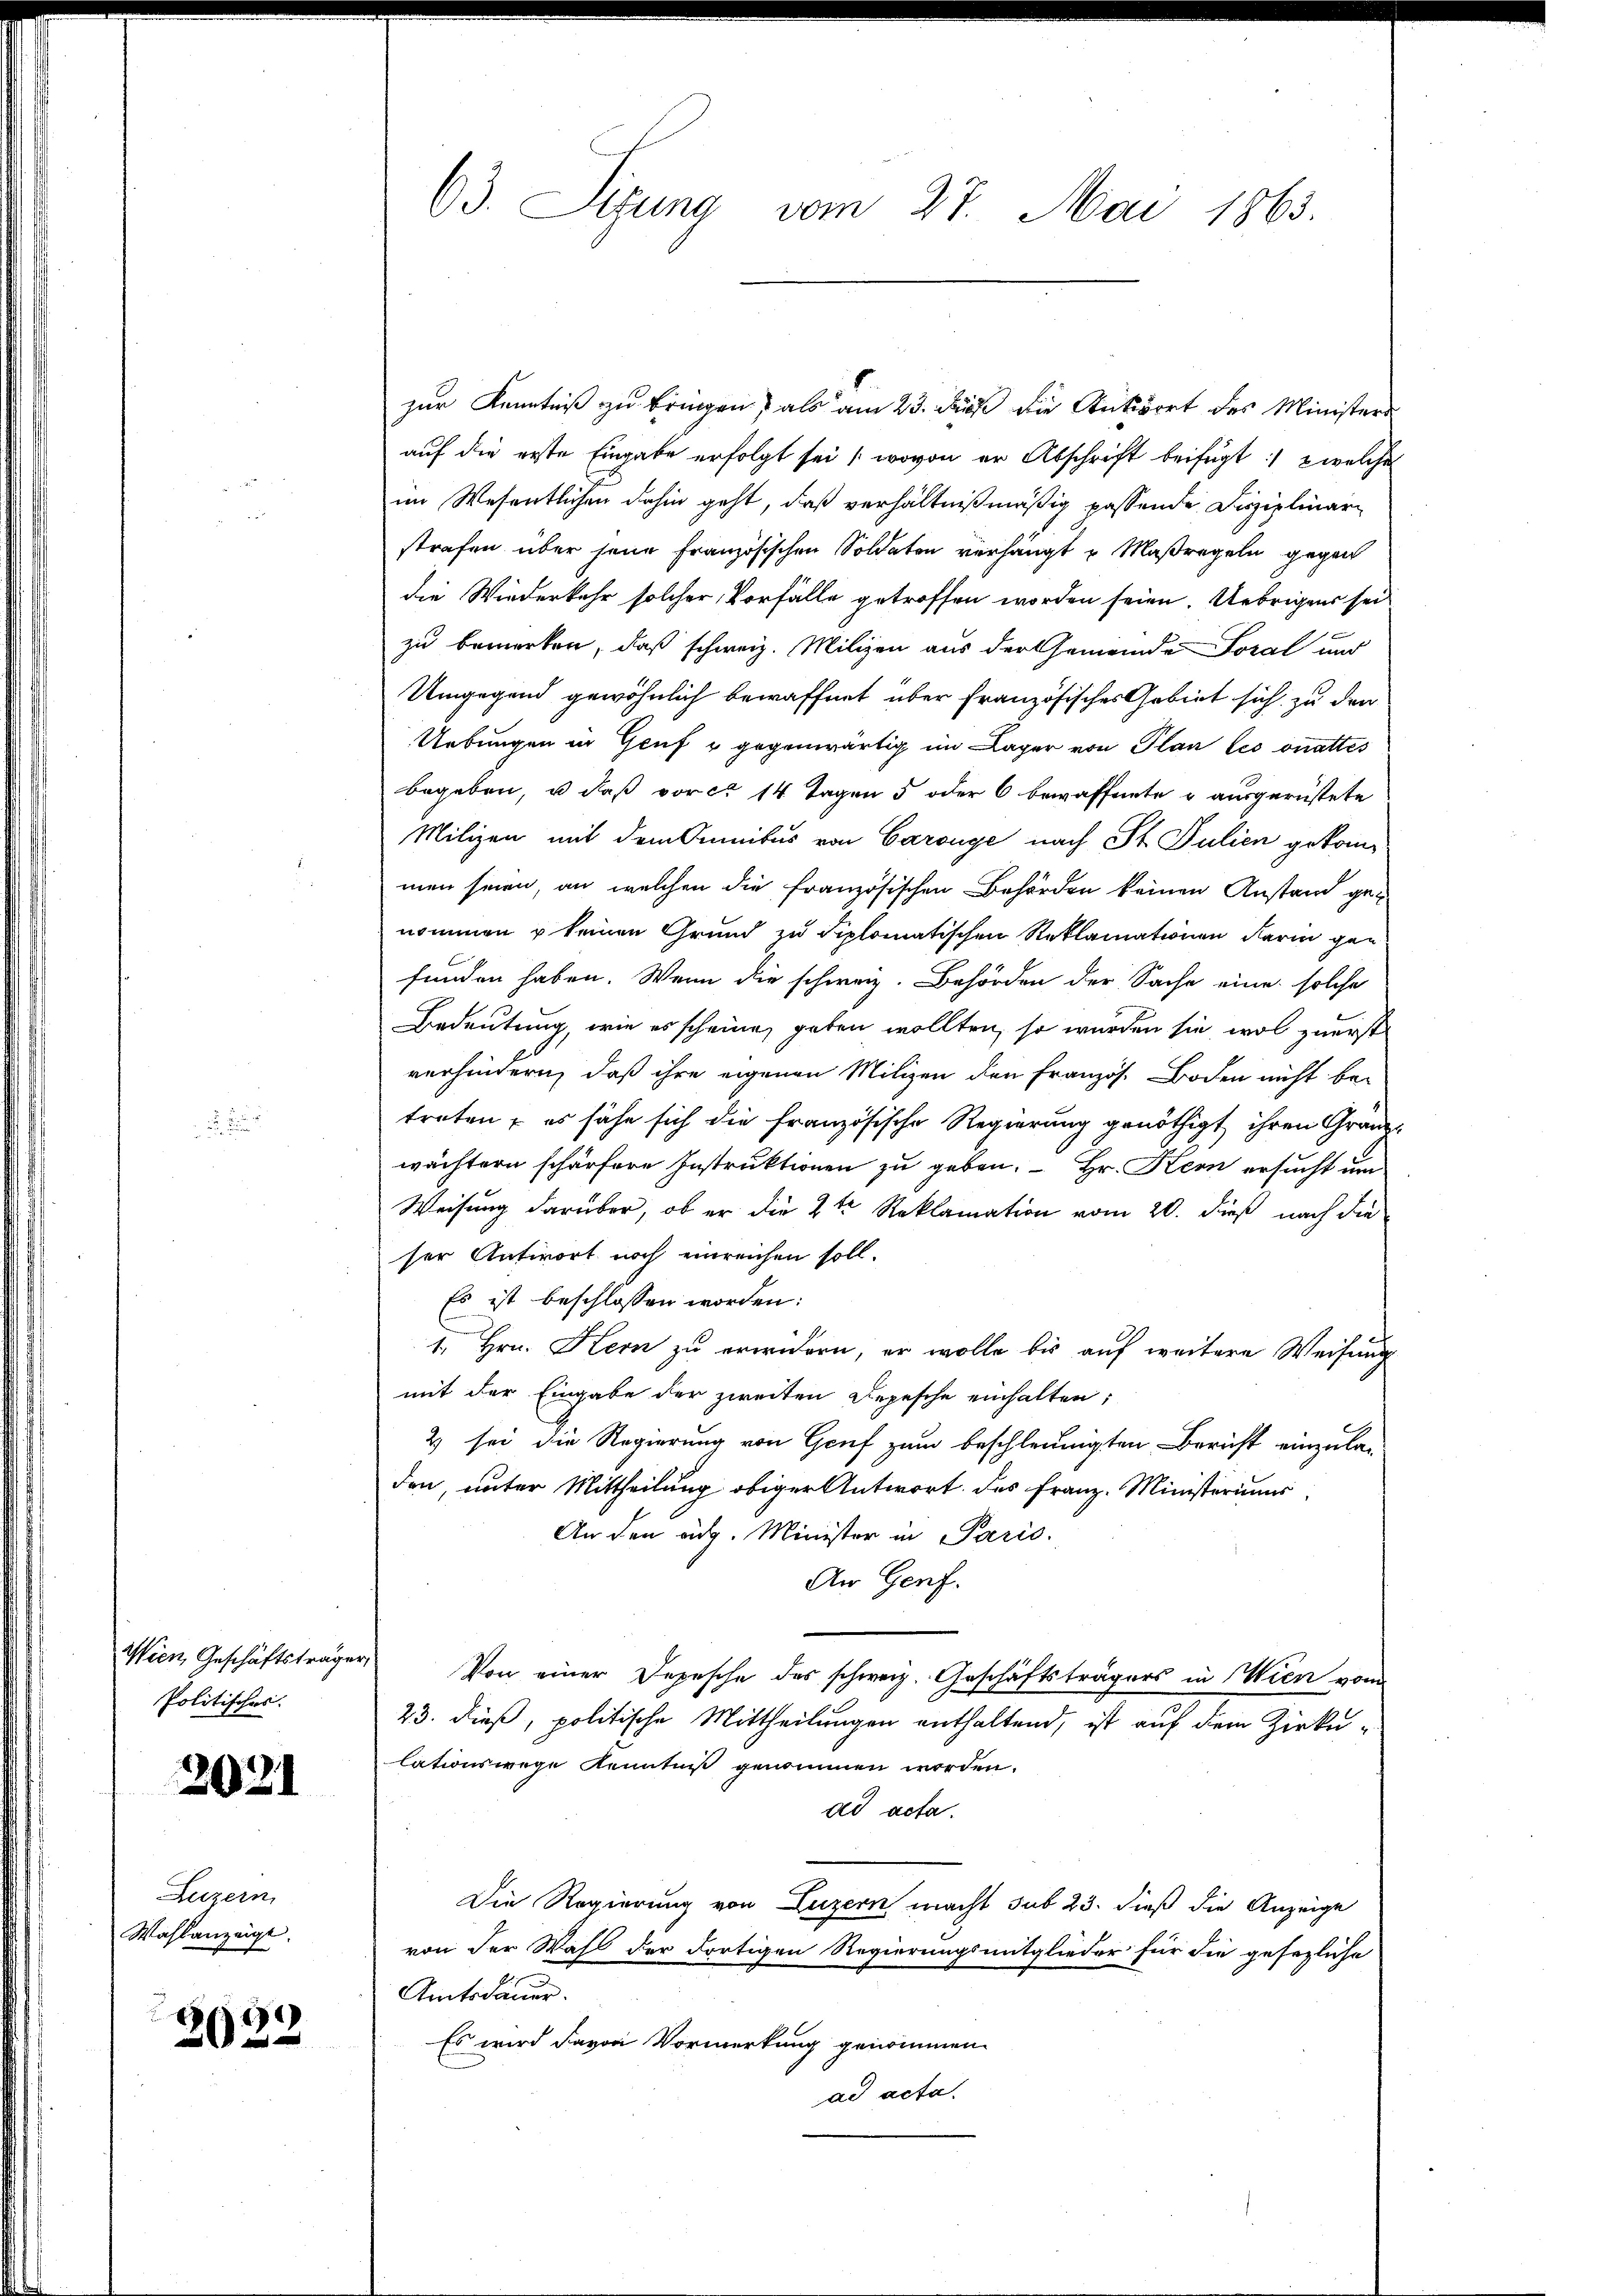
Politischer.

2021

Luzern,
Wahlanzeigt.

2022

zur Kenntniß zu bringen, als am 23. daß die Antwort des Ministers
auf die erste Eingabe erfolgt sei (wovon er Abschrift beifügt :/  welche
im Wesentlichen dahin geht, daß verhältnißmäßig passende Disziplinar
strafen über jene Französischen Soldaten verhängt u Maßregeln gegen
die Wiederkehr solcher, Vorfälle getroffen worden seien. Uebrigens sei
zu bemerken, daß schweiz. Milizen aus der Gemeinde Poral und
Umgegend gewöhnlich bewaffnet über französisches Gebiet sich zu den
Uebungen in Genf u gegenwärtig im Lager von Plan les vnattes
begeben, u. daß vor ca 14 Tagen 5 oder 6 bewaffnete u ausgerüstete
Milizei mit dem Cunibus von Caronge nach St. Julien gekom-
men seien, an welchen die französischen Behörden keinen Anstand genommen u keinen Grund zu diplomatischen Reklamationen darin gan
funden haben. Wenn die schweiz. Behörden der Sache eine solche
Bedeutung, wie es scheine geben wollten, so würden sie wol zuerst
verhindern, daß ihre eigenen Milizen den Französ. Boden nicht be-
treten; es sähe sich die französische Regierung genöthigt ihren Gränzwächtern schärfere Instruktionen zu geben.  Hr. Kern ersucht um
Weisung darüber, ob er die 2te Reklamation vom 20. dieß nach die
ser Antwort noch einreichen soll.
Es ist beschlossen worden:
1. Hrn. Hern zu erwidern, er wolle bis auf weitere Weisung
mit der Eingabe der zweiten Depesche einhalten;
2 sei die Regierung von Genf zum beschleunigten Bericht einzuladen, unter Mittheilung obiger Antwort des Franz-Ministeriums
An den auch. Minister in Paris.
An Genf.
Wien, Geschäftsträger Von einer Depesche des schweiz. Geschäftsträgers in Wien vom
23. dieß, politische Mittheilungen enthaltend, ist auf dem Zirkulationswege Kenntniß genommen worden.
ad acta.
Die Regierung von Luzern macht sub 23. dieß die Anzeige
von der Wahl der dortigen Regierungsmitglieder für die gesezliche
Amtsdauer.
Es wird davon Vormerkung genommen.
ad acta.

63. Sitzung vom 27. Mai 1865.